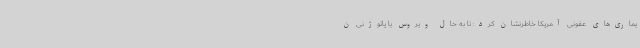
یماری‌های عفونی آمریکا خاطرنشان کرد: تا به حال ویروس یا پاتوژنی ن